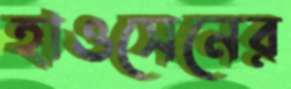
হাওসেনের